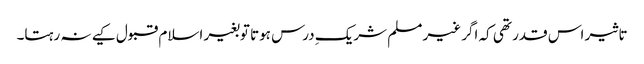
تاثیر اس قدر تھی کہ اگر غیر مسلم شریکِ درس ہوتا توبغیر اسلام قبول کیے نہ رہتا۔